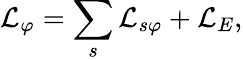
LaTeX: \mathcal{L}_{\varphi}=\sum_{s}\mathcal{L}_{s\varphi}+\mathcal{L}_{E},